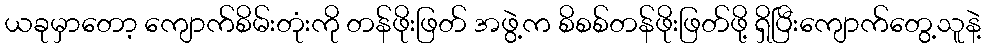
ယခုမှာတော့ ကျောက်စိမ်းတုံးကို တန်ဖိုးဖြတ် အဖွဲ့က စိစစ်တန်ဖိုးဖြတ်ဖို့ ရှိပြီးကျောက်တွေ့သူနဲ့